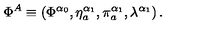
\Phi ^ { A } \equiv \left( \Phi ^ { \alpha _ { 0 } } , \eta _ { a } ^ { \alpha _ { 1 } } , \pi _ { a } ^ { \alpha _ { 1 } } , \lambda ^ { \alpha _ { 1 } } \right) .